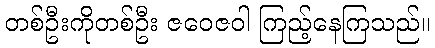
တစ်ဦးကိုတစ်ဦး ဇဝေဇဝါ ကြည့်နေကြသည်။